Civil Veterinary Department. United Provinces 1932-42 - 1932-1942
Year: 1932
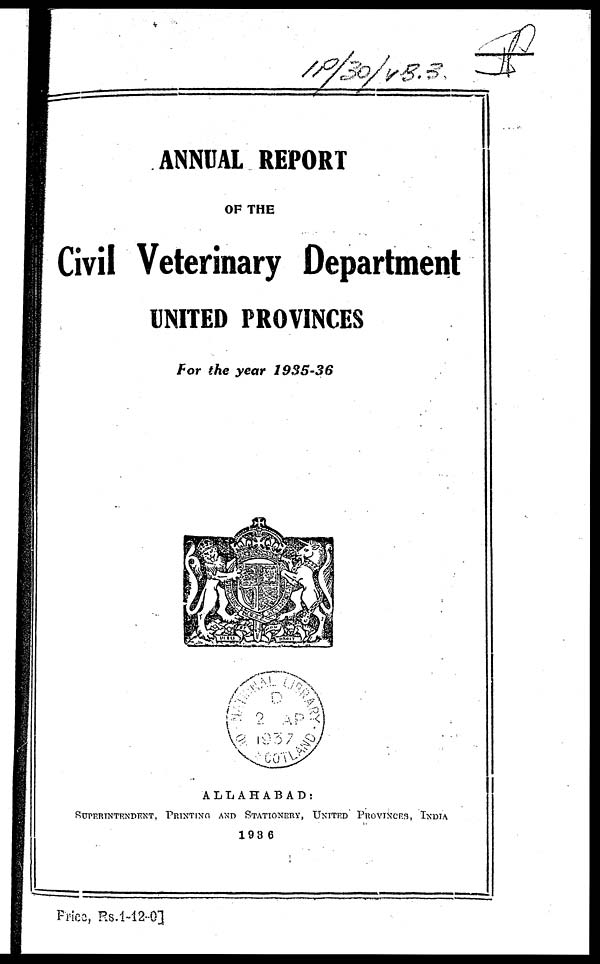
ANNUAL REPORT
OF THE
Civil Veterinary Department
UNITED PROVINCES
For the year 1935-36
ALLAHABAD ;
SUPERINTENDENT, PRINTING AND STATIONERY, UNITED PROVINCES, INDIA
198 6
Prica. Rs.1-12-01